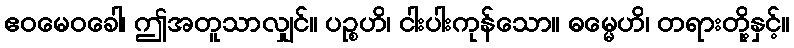
ဧဝမေဝခေါ၊ ဤအတူသာလျှင်။ ပဉ္စဟိ၊ ငါးပါးကုန်သော။ ဓမ္မေဟိ၊ တရားတို့နှင့်။